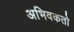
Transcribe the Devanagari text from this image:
अभिवकतो